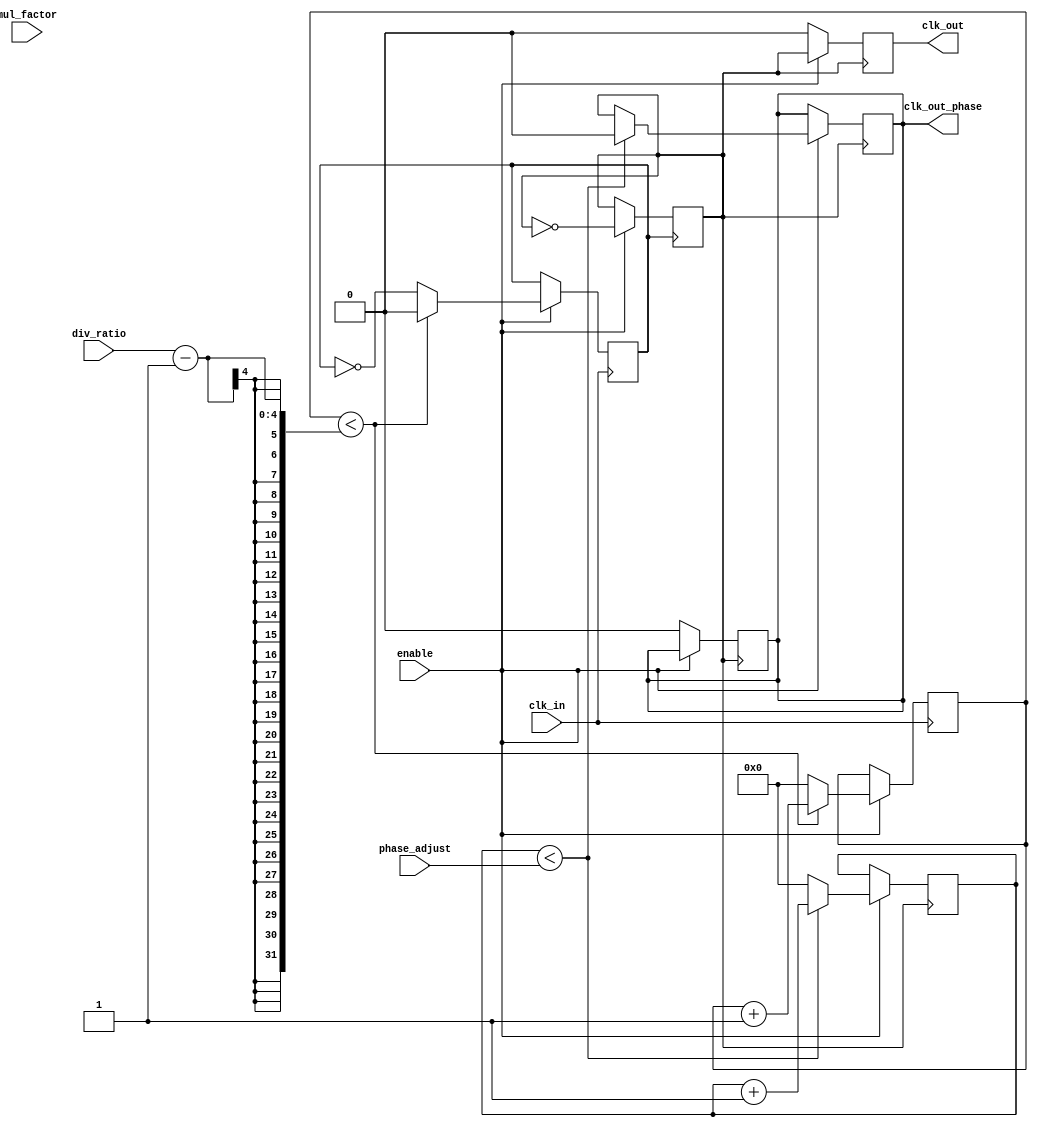
module ProgrammableClockBuffer (
    input wire clk_in,                // Input clock signal
    input wire [3:0] div_ratio,       // Division ratio for frequency division
    input wire [3:0] mul_factor,      // Multiplication factor for frequency multiplication
    input wire [3:0] phase_adjust,     // Phase adjustment in clock cycles
    input wire enable,                 // Enable signal for the clock buffer
    output reg clk_out,                // Output clock signal
    output reg clk_out_phase           // Output clock signal with phase adjustment
);

    reg [3:0] counter;                 // Counter for frequency division
    reg [3:0] phase_counter;           // Counter for phase adjustment
    reg clk_div;                       // Divided clock signal
    reg clk_mul;                       // Multiplied clock signal

    // Frequency Division Logic
    always @(posedge clk_in) begin
        if (enable) begin
            if (counter < div_ratio - 1) begin
                counter <= counter + 1;
                clk_div <= 0; // Keep clock low until counter reaches div_ratio
            end else begin
                counter <= 0;
                clk_div <= ~clk_div; // Toggle clock output
            end
        end
    end

    // Frequency Multiplication Logic
    always @(posedge clk_div) begin
        if (enable) begin
            clk_mul <= ~clk_mul; // Toggle clock output for multiplication
        end
    end

    // Phase Adjustment Logic
    always @(posedge clk_mul) begin
        if (enable) begin
            if (phase_counter < phase_adjust) begin
                phase_counter <= phase_counter + 1;
                clk_out_phase <= 0; // Keep clock low until phase adjustment is done
            end else begin
                phase_counter <= 0;
                clk_out_phase <= clk_mul; // Output the multiplied clock with phase adjustment
            end
        end
    end

    // Final Output Clock Signal
    always @(posedge clk_mul) begin
        if (enable) begin
            clk_out <= clk_mul; // Output the multiplied clock
        end else begin
            clk_out <= 0; // Disable output clock when not enabled
            clk_out_phase <= 0; // Disable phase adjusted clock when not enabled
        end
    end

endmodule